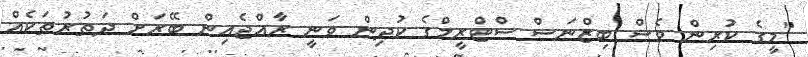
"މީގެ ކުރިން ވެސް ބިޒްނަސް ސްޓްރީމްގެ ކުދިން ވަނީ ރާއްޖެއިން ބޭރަށް ދަތުރުތަކެއް